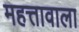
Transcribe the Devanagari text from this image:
महत्तावाला